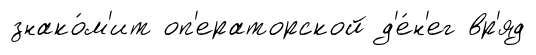
знако́м'ит оп'ераторской д'е́н'ег вр'яд